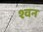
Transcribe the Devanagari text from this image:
श्वन